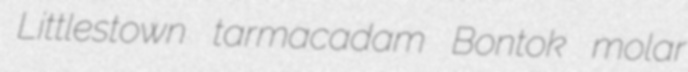
Littlestown tarmacadam Bontok molar